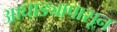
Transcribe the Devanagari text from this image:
आघाड्यापासून